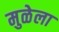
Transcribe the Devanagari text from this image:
मुळेला